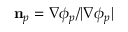
\mathbf { n } _ { p } = \nabla \phi _ { p } / | \nabla \phi _ { p } |